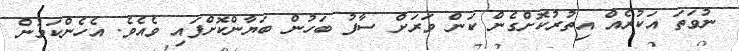
ނުވަތަ އަކުރެއް އިތުރުކޮށްގެން ކަން ވަރަށް ސާފު ބަހުން ބަޔާންކޮށްފައި ވެއެވެ. އެހެންކަމުން